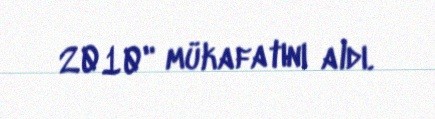
2010" mükafatını aldı.